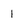
Character: 1